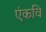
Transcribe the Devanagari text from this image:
एंकवि